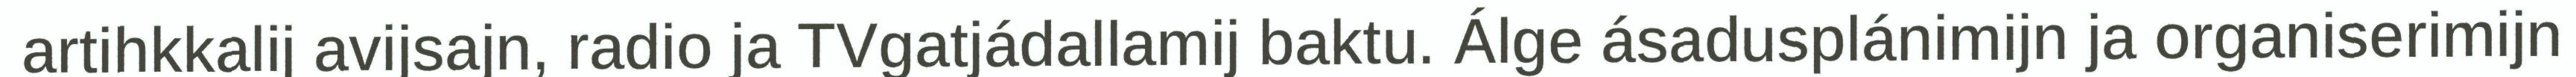
artihkkalij avijsajn, radio ja TVgatjádallamij baktu. Álge ásadusplánimijn ja organiserimijn